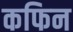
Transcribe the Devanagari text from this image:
कफिन